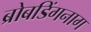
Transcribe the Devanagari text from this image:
ब्रोबडिंगनाग